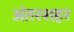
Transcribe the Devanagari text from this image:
अंतरशहर